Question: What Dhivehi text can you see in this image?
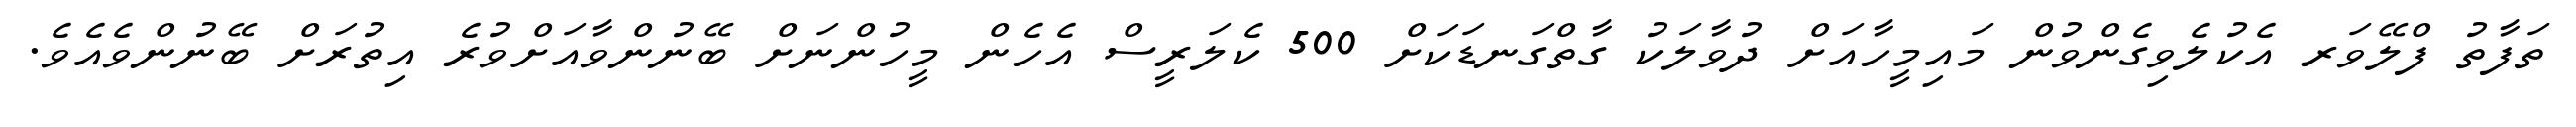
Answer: ތަފާތު ފްލޭވަރ އެކުލެވިގެންވުން މައިމީހާއަށް ދުވާލަކު ގާތްގަނޑަކަށް 500 ކެލަރީސް އެހެން މީހުންނަށް ބޭނުންވާއަށްވުރެ އިތުރަށް ބޭނުންވެއެވެ.